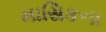
માસિકના